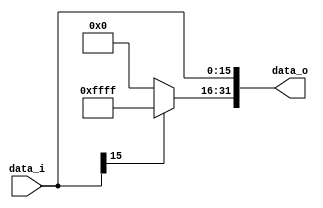
//  0516205  0516228
//Subject:     CO project 2 - Sign extend
//--------------------------------------------------------------------------------
//Version:     1
//--------------------------------------------------------------------------------
//Writer:      
//----------------------------------------------
//Date:        
//----------------------------------------------
//Description: 
//--------------------------------------------------------------------------------

module Sign_Extend(
    data_i,
    data_o
    );
               
//I/O ports
input   [16-1:0] data_i;
output  [32-1:0] data_o;

//Internal Signals
reg     [32-1:0] data_o;

//Sign extended
always @(*) begin
	data_o[15:0] <= data_i[15:0];
	if(data_i[15] == 0)
		data_o[31:16] <= 16'b0;
	else 
		data_o[31:16] <= 16'hffff;
end
          
endmodule